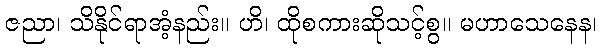
ဇညာ၊ သိနိုင်ရာအံ့နည်း။ ဟိ၊ ထိုစကားဆိုသင့်စွ။ မဟာသေနေန၊